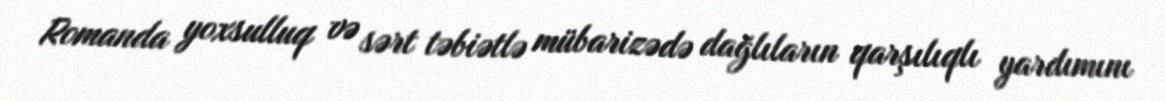
Romanda yoxsulluq və sərt təbiətlə mübarizədə dağlıların qarşılıqlı yardımını